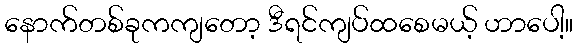
နောက်တစ်ခုကကျတော့ ဒီရင်ကျပ်ထစေမယ့် ဟာပေါ့။